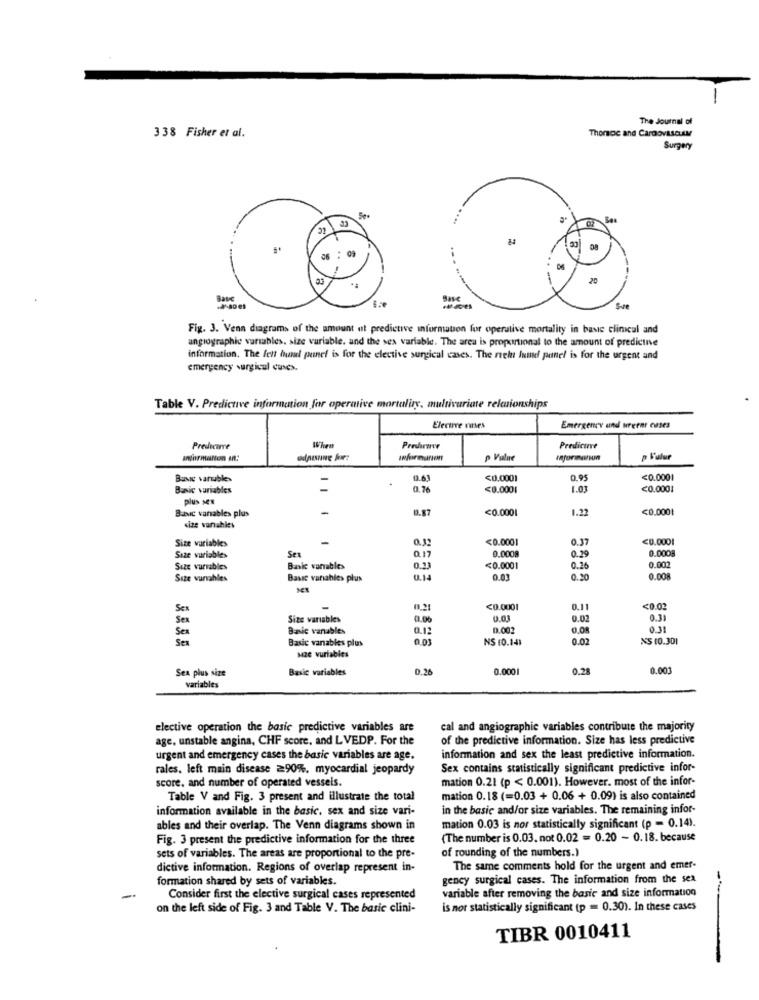
The Journal of
338 Fisher et al.
Thorcc and Cardovascuen
Surgery
31
08
Base
Fig. 3. Venn diagrams of the amount ut predictive information for operative mortality in basic clinical and
angiographie variables. size variable. and the sex variable. The area is proportional to the amount of predictive
information. The fett hund panel is for the elective surgical cases. The rel Iumel panel is for the urgent and
emergency surgicul cuses.
Table V. Predictive information for operative mortality, multivariate relationships
Electre vases
Emergency und treen cuses
Predicarve
Preuhrmer
Predicurve
odpisune ke:
afirmarton
Vulare
p Fulur
Buve variable>
0.6.
<0.0001
0.95
<0.0001
Bunic variables
0.76
<0.0001
1.03
<0.0001
plus Mes
Butvic vanables plus
-
0.87
<0.0001
1.22
<0.0001
cize varables
Size variables
-
0.33
<0.0001
0.37
<0.0001
Sex
0.0008
0.0008
Size vuriables
0.17
0.29
Size variables
Bake varables
0.23
<0.0001
0.26
0.002
Size vurables
Basic variables plus
0.14
0.03
0.30
0.00
Ses
0,21
<0.0001
0.11
<0.02
Sex
Size variables
0.02
0.31
Baic vanubles
0.12
0.002
0.08
0.31
Sex
SER
Basic vanables plus
0.03
NS (0.14)
0.02
XS (0.30)
size vuriables
Sex plus size
Basic variables
0.26
0.0001
0.28
0.003
variables
elective operation the basic predictive variables are
cal and angiographie variables contribute the majority
age, unstable angina, CHF score, and L VEDP. For the
of the predictive information. Size has less predictive
urgent and emergency cases the basic variables are age.
information and sex the least predictive information.
rales, left main disease ≥90%. myocardial jeopardy
Sex contains statistically significant predictive infor-
score, and number of operated vessels.
mation 0.21 (p < 0.001). However, most of the infor-
Table V and Fig. 3 present and illustrate the total
mation 0.18 (=0.03 + 0.06 + 0.09) is also contained
information available in the basic. sex and size vari-
in the basic and/or size variables. The remaining infor-
ables and their overlap. The Venn diagrams shown in
mation 0.03 is nor statistically significant (p - 0.14).
Fig. 3 present the predictive information for the three
(The number is 0.03. not 0.02 = 0.20 - 0.18. because
of rounding of the numbers.)
sets of variables. The areas are proportional to the pre-
dictive information. Regions of overlap represent in-
The same comments hold for the urgent and emer-
formation shared by sets of variables.
gency surgical cases. The information from the sex
variable after removing the basic and size information
-
Consider first the elective surgical cases represented
on the left side of Fig. 3 and Table V. The basic clini-
is not statistically significant (p = 0.30). In these cases
TIBR 0010411
-